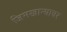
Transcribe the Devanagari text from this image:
जिमखान्यावर